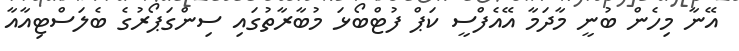
އޭނާ މިހެން ބުނީ މާދަމާ އޭއެފްސީ ކަޕް ފުޓްބޯޅަ މުބާރާތުގައި ސިންގަޕޯރުގެ ބެލަސްޓިއާއާ